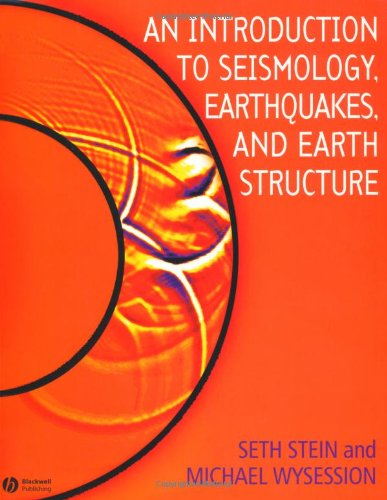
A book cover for An Introduction to Seismology, Earthquakes and Earth Structure; Seth Stein; Science & Math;